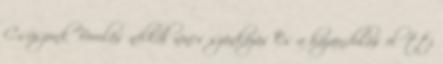
Csúszunk Borulás nélkül nincs szánkózás És a hazaindulás előtti